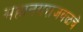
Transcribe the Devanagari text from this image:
महानगराजवळचे